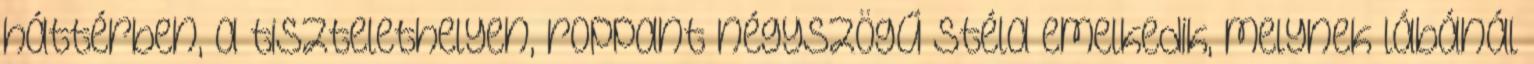
háttérben, a tisztelethelyen, roppant négyszögű stéla emelkedik, melynek lábánál